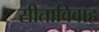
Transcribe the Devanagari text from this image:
सीताविवाह